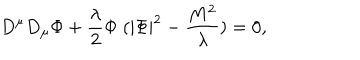
LaTeX: D ^ { \mu } D _ { \mu } \Phi + \frac { \lambda } { 2 } \Phi \; ( | \Phi | ^ { 2 } - \frac { M ^ { 2 } } { \lambda } ) = 0 ,